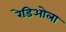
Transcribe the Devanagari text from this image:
रेडिओला